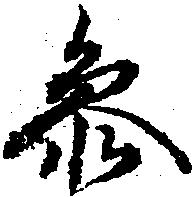
参